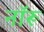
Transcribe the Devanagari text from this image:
नॉरू